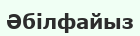
Әбілфайыз